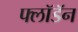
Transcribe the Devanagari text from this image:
फ्लॉडॅन